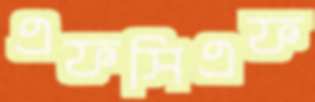
এফসিএফ